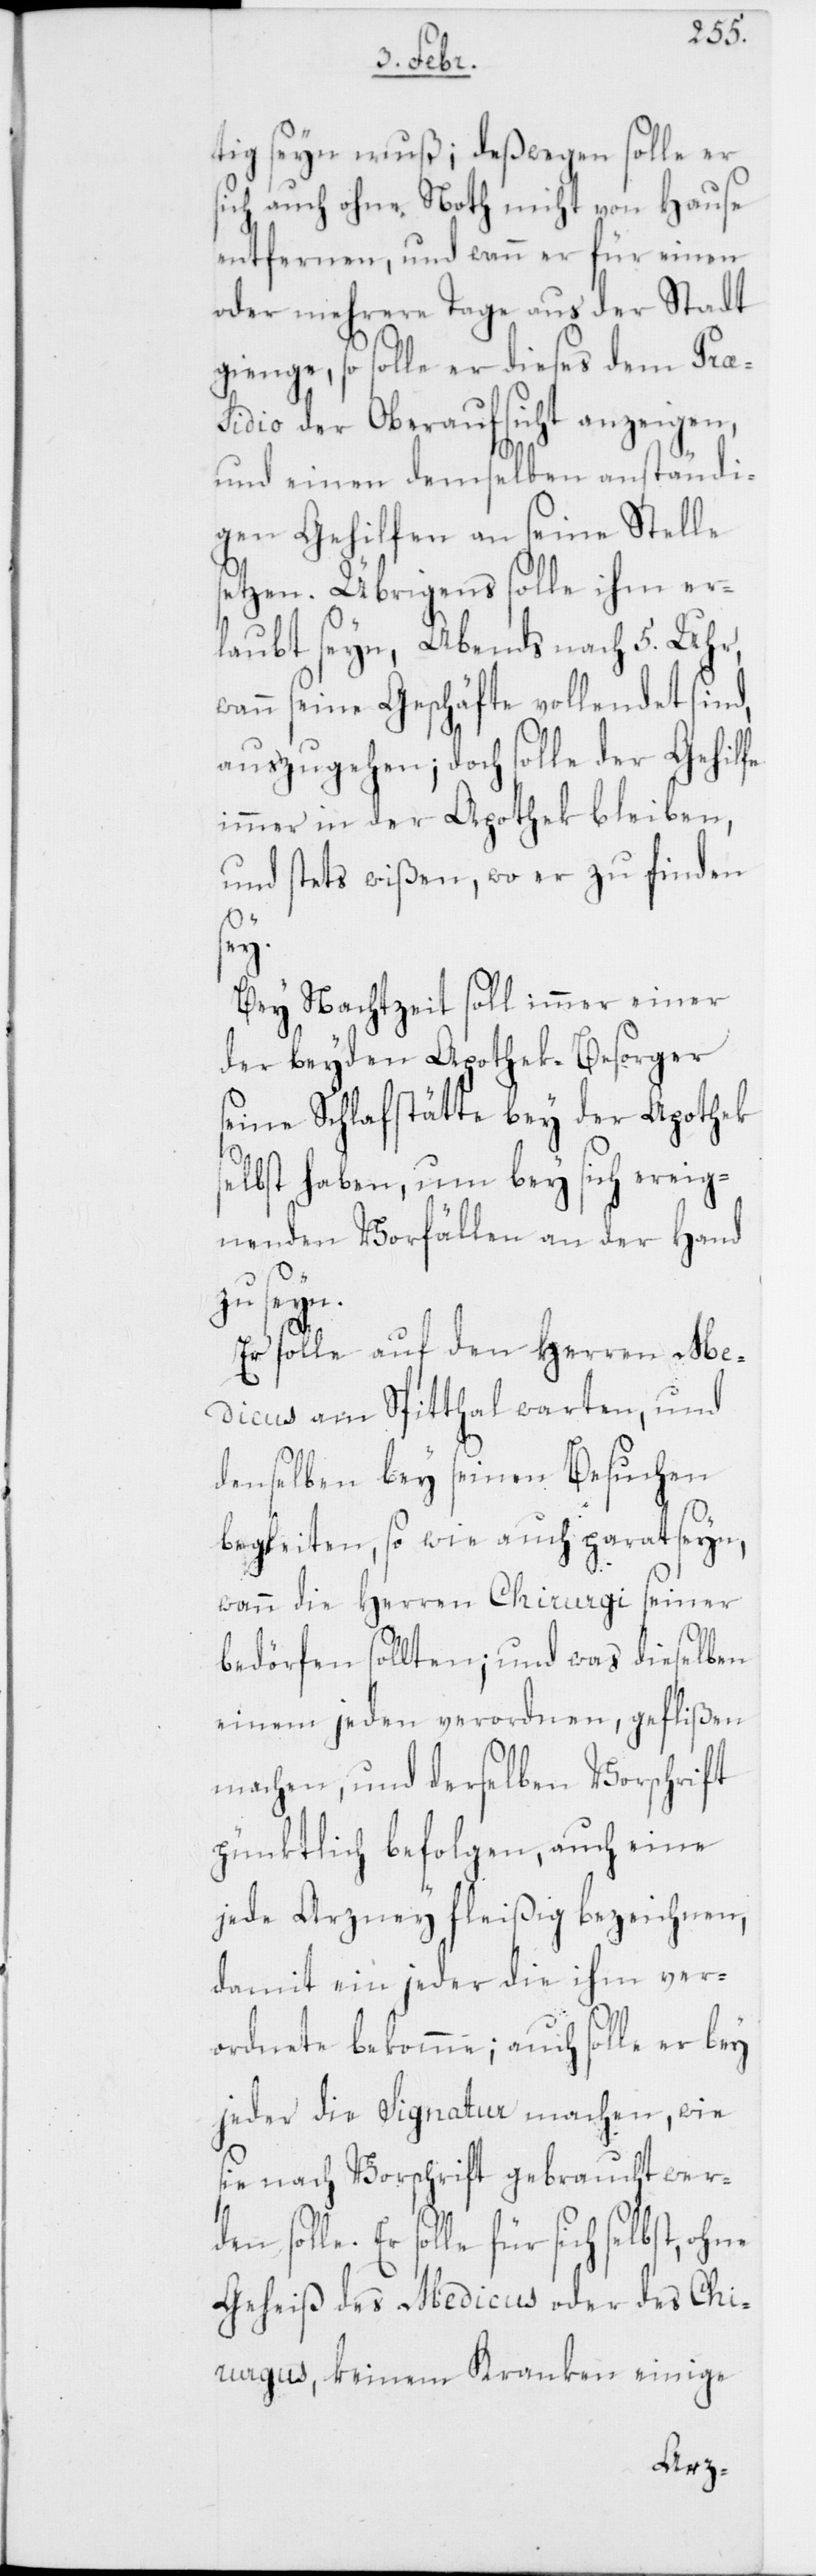
tig seyn muß; deßwegen solle er
sich auch ohne Noth nicht von Hause
entfernen, und wann er für einen
oder mehrere Tage aus der Stadt
gienge, so solle er dieses dem Prae¬
sidio der Oberaufsicht anzeigen,
und einen demselben anständi¬
gen Gehilfen an seine Stelle
setzen. Übrigens solle ihm er¬
laubt seyn, Abends nach 5. Uhr,
wann seine Geschäfte vollendet sind,
auszugehen; doch solle der Gehilfe
immer in der Apothek bleiben,
und stets wißen, wo er zu finden
sey.
Bey Nachtzeit soll immer einer
der beyden Apothek-Besorger
seine Schlafstätte bey der Apothek
selbst haben, um bey sich ereig¬
nenden Vorfällen an der Hand
den solle.
Er solle auch den Herren Me¬
dicus am Spitthal warten, und
denselben bey seinen Besuchen
begleiten, so wie auch parat seyn,
wann die Herren Chirurgi seiner
bedörfen sollten; und was dieselben
einem jeden verordnen, geflißen
machen, und derselben Vorschrift
pünktlich befolgen, auch eine
jede Arzney fleißig bezeichnen,
damit ein jeder die ihm ver¬
ordnete bekomme; auch solle er bey
jeder die Signatur machen, wie
sie nach Vorschrift gebraucht wer¬
Er solle für sich selbst, ohne
Geheiß des Medicus oder des Chi¬
rurgus, keinem Kranken einige